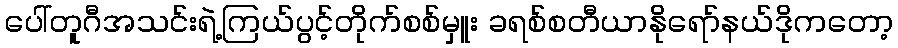
ပေါ်တူဂီအသင်းရဲ့ကြယ်ပွင့်တိုက်စစ်မှူး ခရစ်စတီယာနိုရော်နယ်ဒိုကတော့